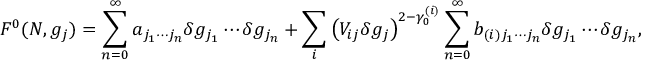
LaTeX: F ^ { 0 } ( N , g _ { j } ) = \sum _ { n = 0 } ^ { \infty } a _ { j _ { 1 } \cdots j _ { n } } \delta g _ { j _ { 1 } } \cdots \delta g _ { j _ { n } } + \sum _ { i } \left( V _ { i j } \delta g _ { j } \right) ^ { 2 - \gamma _ { 0 } ^ { ( i ) } } \sum _ { n = 0 } ^ { \infty } b _ { ( i ) j _ { 1 } \cdots j _ { n } } \delta g _ { j _ { 1 } } \cdots \delta g _ { j _ { n } } ,